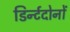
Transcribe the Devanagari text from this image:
डिर्न्टदोनों